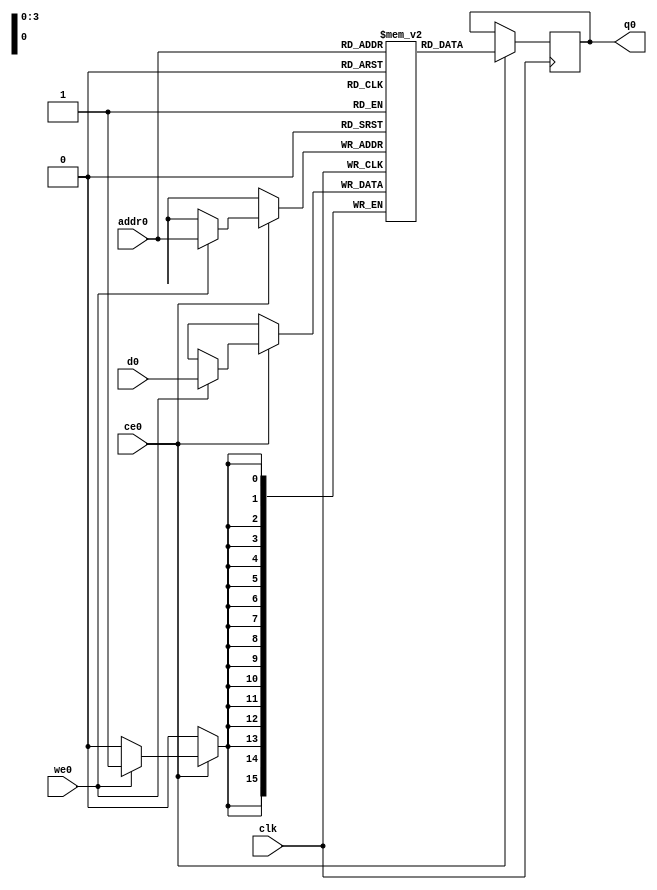
// ==============================================================
// Vivado(TM) HLS - High-Level Synthesis from C, C++ and SystemC v2019.2 (64-bit)
// Copyright 1986-2019 Xilinx, Inc. All Rights Reserved.
// ==============================================================
`timescale 1 ns / 1 ps
module cnnshift_arr_ap_fixed_ap_fixed_16_4_4_1_0_config2_s_tmpincud_ram (addr0, ce0, d0, we0, q0,  clk);

parameter DWIDTH = 16;
parameter AWIDTH = 4;
parameter MEM_SIZE = 9;

input[AWIDTH-1:0] addr0;
input ce0;
input[DWIDTH-1:0] d0;
input we0;
output reg[DWIDTH-1:0] q0;
input clk;

(* ram_style = "distributed" *)reg [DWIDTH-1:0] ram[0:MEM_SIZE-1];




always @(posedge clk)  
begin 
    if (ce0) begin
        if (we0) 
            ram[addr0] <= d0; 
        q0 <= ram[addr0];
    end
end


endmodule

`timescale 1 ns / 1 ps
module cnnshift_arr_ap_fixed_ap_fixed_16_4_4_1_0_config2_s_tmpincud(
    reset,
    clk,
    address0,
    ce0,
    we0,
    d0,
    q0);

parameter DataWidth = 32'd16;
parameter AddressRange = 32'd9;
parameter AddressWidth = 32'd4;
input reset;
input clk;
input[AddressWidth - 1:0] address0;
input ce0;
input we0;
input[DataWidth - 1:0] d0;
output[DataWidth - 1:0] q0;



cnnshift_arr_ap_fixed_ap_fixed_16_4_4_1_0_config2_s_tmpincud_ram cnnshift_arr_ap_fixed_ap_fixed_16_4_4_1_0_config2_s_tmpincud_ram_U(
    .clk( clk ),
    .addr0( address0 ),
    .ce0( ce0 ),
    .we0( we0 ),
    .d0( d0 ),
    .q0( q0 ));

endmodule